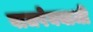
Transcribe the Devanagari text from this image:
वाजपेययाजी